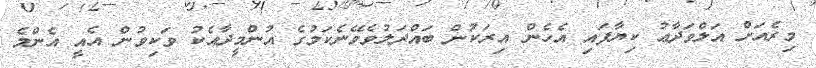
މިރެއަށް އަލްވަދާޢު ކިޔާފައި އެހެން އިރަކުން ބައްދަލުވެވޭނެކަމުގެ އުންމީދާއެކު ވަކިވުން އެއީ އެންމެ